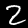
Label: 2